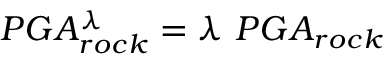
P G A _ { r o c k } ^ { \lambda } = \lambda ~ P G A _ { r o c k }